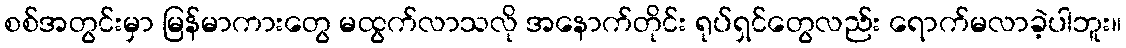
စစ်အတွင်းမှာ မြန်မာကားတွေ မထွက်လာသလို အနောက်တိုင်း ရုပ်ရှင်တွေလည်း ရောက်မလာခဲ့ပါဘူး။